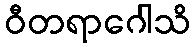
ဝီတရာဂေါသိ